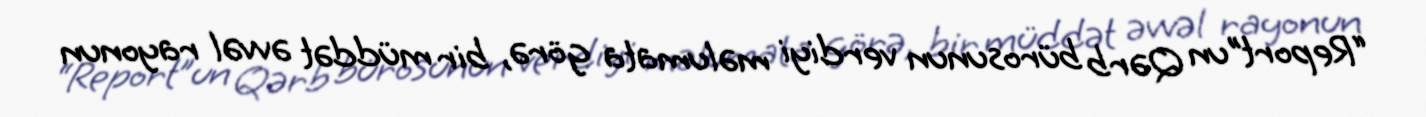
“Report”un Qərb bürosunun verdiyi məlumata görə, bir müddət əvvəl rayonun